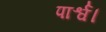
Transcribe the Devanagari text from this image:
पार्श्व।